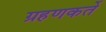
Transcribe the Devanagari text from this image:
ग्रहणकर्ते